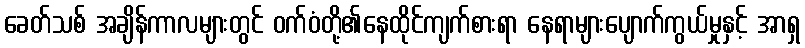
ခေတ်သစ် အချိန်ကာလများတွင် ဝက်ဝံတို့၏နေထိုင်ကျက်စားရာ နေရာများပျောက်ကွယ်မှုနှင့် အာရှ